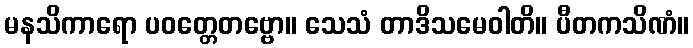
မနသိကာရော ပဝတ္တေတဗ္ဗော။ သေသံ တာဒိသမေဝါတိ။ ပီတကသိဏံ။